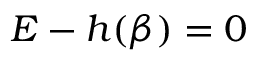
E - h ( \beta ) = 0